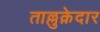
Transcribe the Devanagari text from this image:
ताल्लुक़ेदार